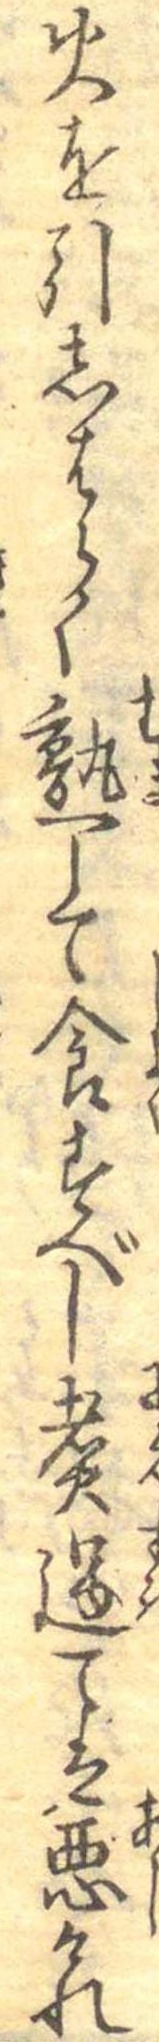
火を引しはらく熟して食すべし煮過ては悪けれ